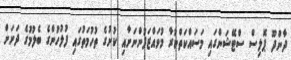
ދާންދޫ ޕޮލިސް ސްޓޭޝަންގައި މަސައްކަތްކުރާ މުވައްޒަފުންނަށާއި ކުށުގެ ތުހުމަތުގައި ފުލުހުުންގެ ބެލުމުގެ ދަށަށް